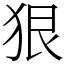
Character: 狠